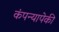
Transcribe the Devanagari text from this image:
कंपन्यापेकी